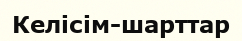
Келісім-шарттар